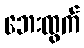
ဘေးထွက်